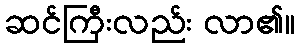
ဆင်ကြီးလည်း လာ၏။